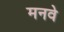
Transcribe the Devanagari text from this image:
मनवे